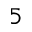
5